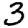
Digit: 3